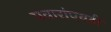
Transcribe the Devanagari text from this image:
पवारांएवढी